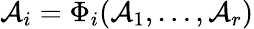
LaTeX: {\mathcal{A}}_{i}=\Phi_{i}({\mathcal{A}}_{1},\dots,{\mathcal{A}}_{r})